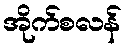
အိုက်စလန်